Indian Medical Review
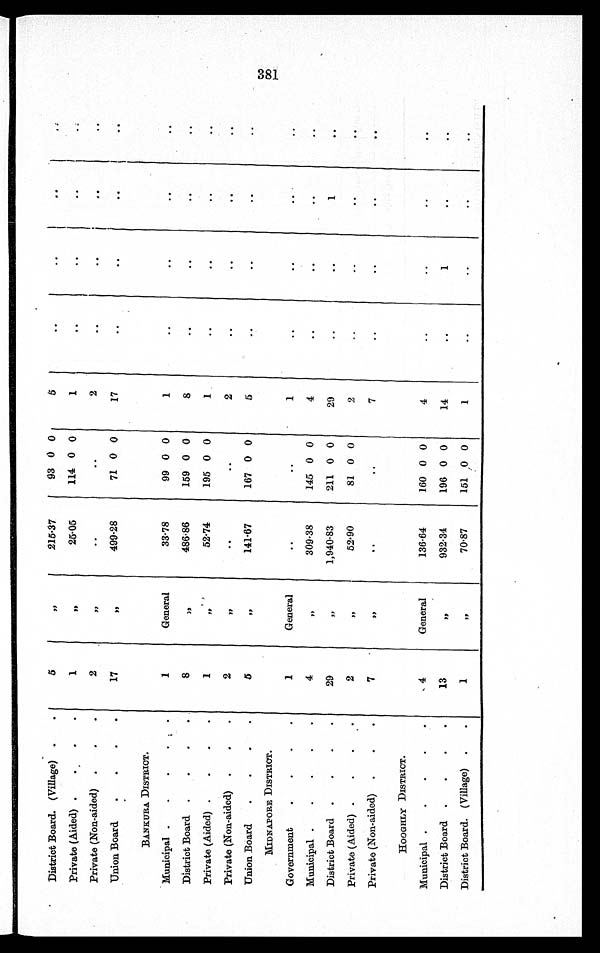
District Board. (Village)
5
, ,
215·37
93 0 0
5
..
. .
..
. .
Private (Aided)
1
, ,
25·05
114 0 0
1
. .
. .
..
. .
Private (Non-aided)
2
, ,
. .
..
2
. .
. .
. .
. .
Union Board
17
, ,
499·28
71 0 0
17
..
. .
..
. .
BANKURA DISTRICT.
Municipal
1
General
33·78
99 0 0
1
..
..
..
..
District Board
8
, , 486·86
159 0 0
8
..
..
. .
. .
Private (Aided)
1
,,
52·74
195 0 0
1
. .
. .
..
. .
Private (Non-aided)
2
, ,
. .
. .
2
..
. .
. .
. .
Union Board
5
, , 141·67
167 0 0
5
..
..
..
..
MIDNAPORE DISTRICT.
Government
1
General
..
..
1
. .
..
. .
. .
Municipal
4
, , 309·38
145 0 0
4
..
..
. .
..
District Board
29
, , 1,940·83
211 0 0
29
. .
. .
1
. .
Private (Aided)
2
, , 52·90
81 0 0
2
. .
..
. .
. .
Private (Non-aided)
7
, , ..
..
7
..
..
. .
. .
HOOGHLY DISTRICT.
Municipal
4
General
136·64
160 0 0
4
..
..
..
. .
District Board
13
, ,
932·34
196 0 0
14
..
1
..
..
District Board. (Village)
1
, ,
70·87
151
0
0
1
..
..
..
. .
381